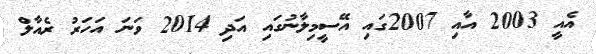
އެއީ 2003 އާއި 2007ގައި އޭސީމިލާނުގައި އަދި 2014 ވަނަ އަހަރު ރެއާލް